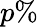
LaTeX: p\%